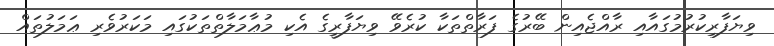
ވިޔަފާރިކުރުމުގައާއި ރާއްޖެއިން ބޭރުގެ ފަރާތްތަކާ ކުރެވޭ ވިޔަފާރީގެ އެކި މުޢާމަލާތްތަކުގައި މަކަރުވެރި ޢަމަލުތައް